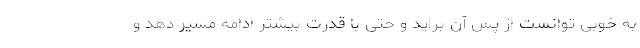
به خوبی توانست از پس آن براید و حتی با قدرت بیشتر ادامه مسیر دهد و